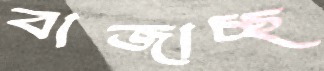
বাজাচ্ছ